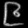
Digit: ၉